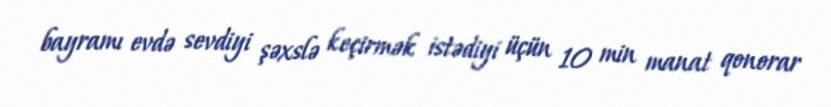
bayramı evdə sevdiyi şəxslə keçirmək istədiyi üçün 10 min manat qonorar